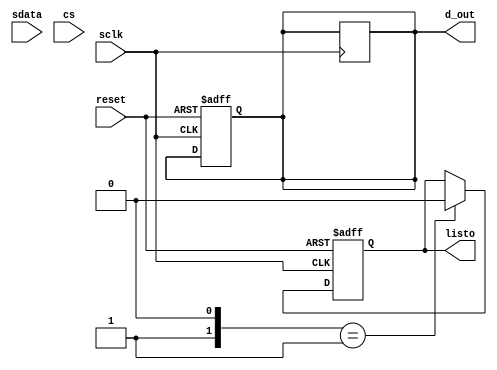
module ADC(
		input sdata, cs, sclk, reset,//Pines del ADC
		output [15:0] d_out,//Dato para enviar al filtro
		output reg listo);
					reg [4:0] contador; //Para ir revisando el sclk, son necesarios 16 conteos
					reg [15:0] dato_dig; //Ir guardando el dato conforme vaya avanzando el contador
					reg [15:0]dato_temp; //Para asignar al dato de salida, se le agregan los 4 bits de signo

		parameter [1:0] negedgeCS=2'b0, conteo=2'b1, posedgeCS=2'b11;
		reg [1:0] estado, sigestado;
		initial 
			begin
				contador <= 5'b0;
				dato_dig <= 16'b0;
				dato_temp <= 16'b0;
				listo <= 1'b0;
			end
	always @(negedge sclk, posedge reset)
		begin
			if (reset)begin
				estado<=negedgeCS;
				contador<=5'b0;
				listo <=1'b0;
				dato_dig <= 16'b0;
				dato_temp <= 16'b0;
			end
			else begin
				d_out = d_out;
				listo = listo;	
				estado = sigestado;	
				case(estado)
					conteo: if (contador<5'b10000)begin
						contador <= contador + 5'b1;
						dato_dig <= {dato_dig[14:0], sdata};
						listo <= 1'b0;
						end
					else if (contador == 5'b10000)begin
						dato_temp <= dato_dig[15:0] + 16'b1111100000000000;
						listo <= 1'b1;
					end
				endcase
			end
		end
	always @(*)
		begin
			case(estado)
				negedgeCS: if (CS==0) estado<=conteo;
				conteo: if (contador<5'b10000) estado<=conteo;
					else if (contador==5'b10000) begin
						contador<=5'b0;
						estado<=posedgeCS;
					end
				posedgeCS: if (CS==0) estado<=posedgeCS;
					else if (CS==1) estado<=negedgeCS;
			endcase
		end
	assign d_out = dato_temp;
endmodule